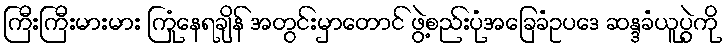
ကြီးကြီးမားမား ကြုံနေရချိန် အတွင်းမှာတောင် ဖွဲ့စည်းပုံအခြေခံဥပဒေ ဆန္ဒခံယူပွဲကို